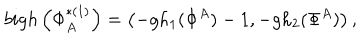
b i g h \left( \Phi _ { A } ^ { * ( 1 ) } \right) = \left( - g h _ { 1 } ( \Phi ^ { A } ) - 1 , - g h _ { 2 } ( \Phi ^ { A } ) \right) ,